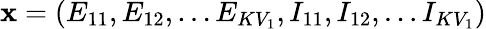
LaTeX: \mathbf{x}=(E_{11},E_{12},\ldots E_{KV_{1}},I_{11},I_{12},\ldots I_{KV_{1}})